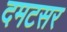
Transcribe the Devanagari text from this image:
दमटसर